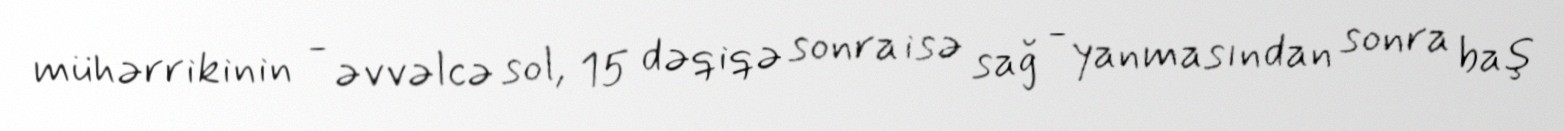
mühərrikinin - əvvəlcə sol, 15 dəqiqə sonra isə sağ - yanmasından sonra baş